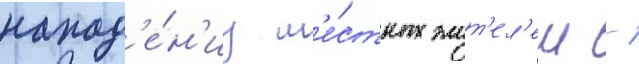
напад'е́н'иу м'е́стных жит'ел'еи -